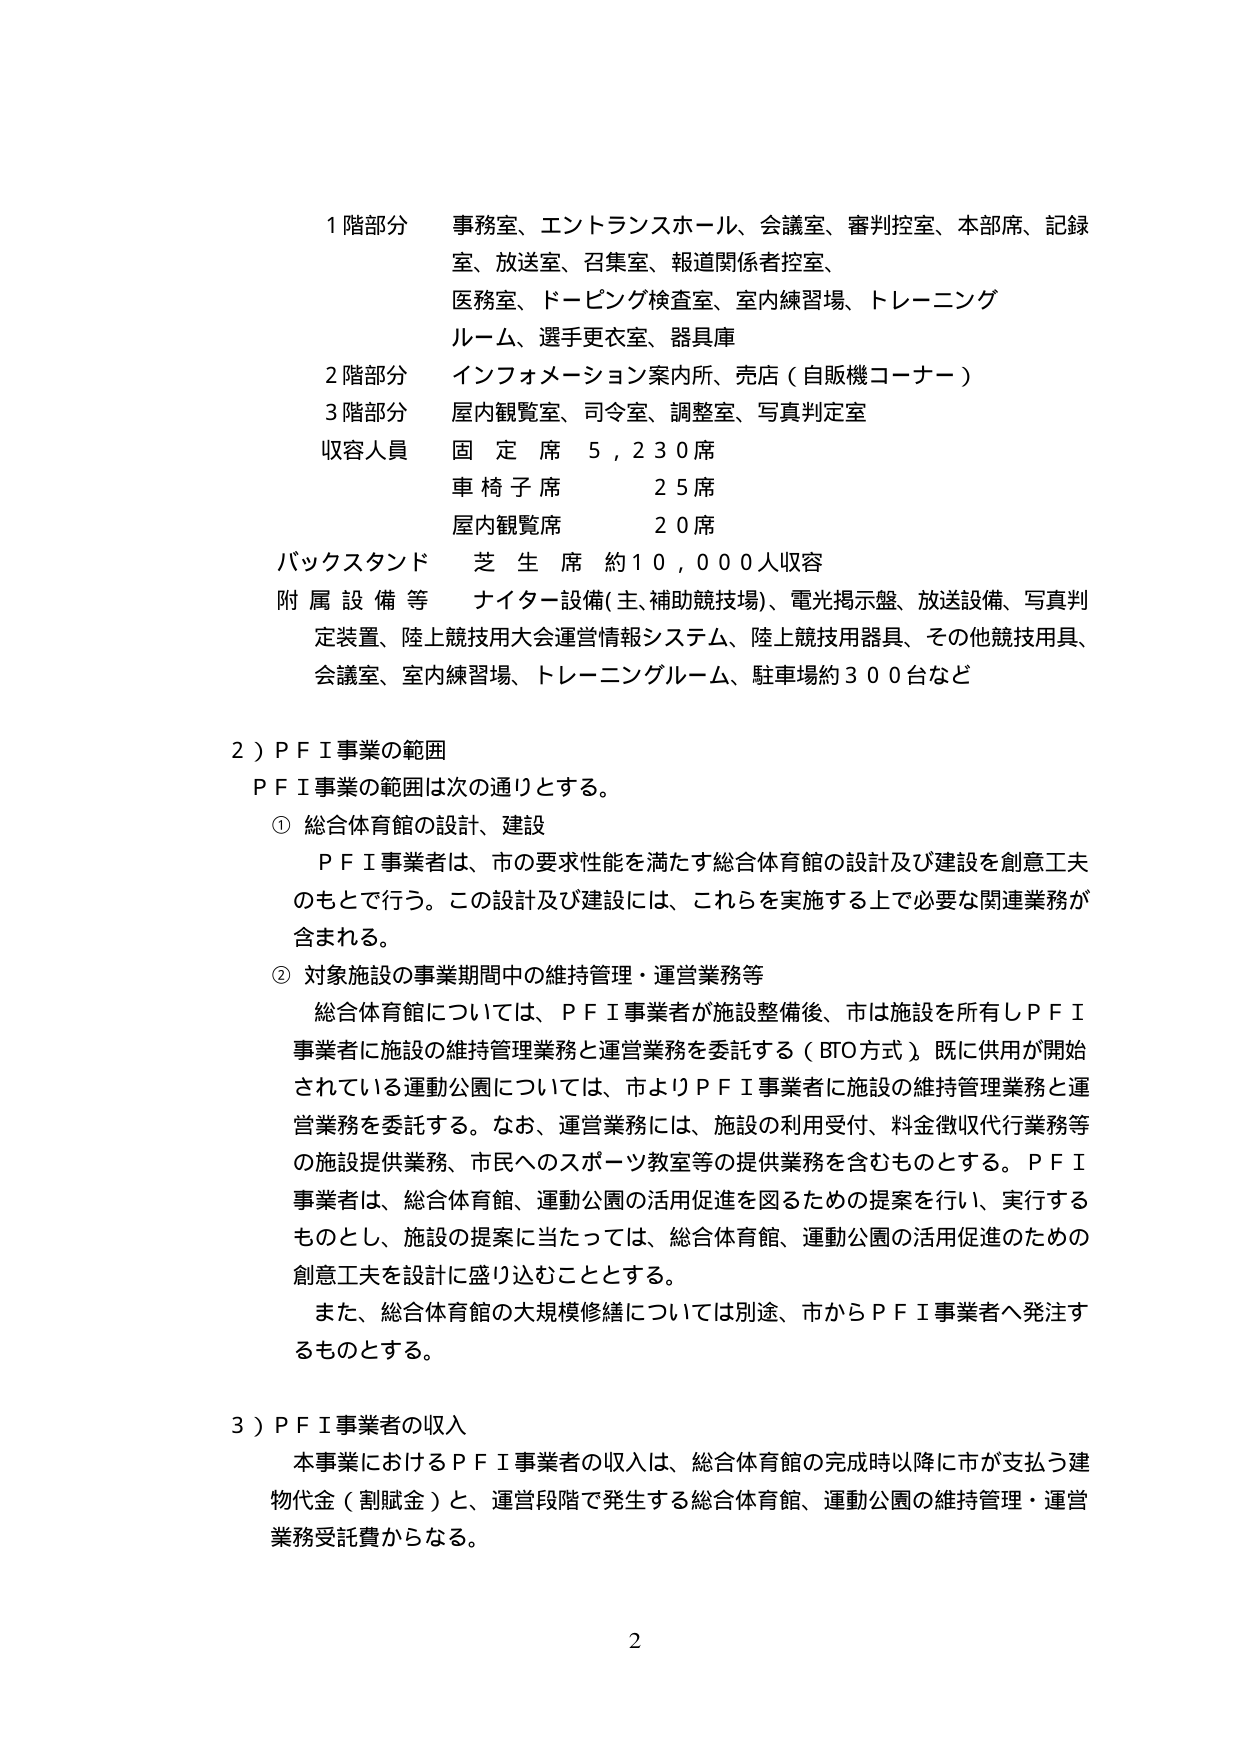
1 階部分 事務室、エントランスホール、会議室、審判控室、本部席、記録室、放送室、召集室、報道関係者控室、医務室、ドーピング検査室、室内練習場、トレーニングルーム、選手更衣室、器具庫
2 階部分 インフォメーション案内所、売店（自販機コーナー）
3 階部分 屋内観覧室、司令室、調整室、写真判定室
収容人員 固定席 5,230席
車椅子席 25席
屋内観覧席 20席
バックスタンド 芝生席 約10,000人収容
附属設備等 ナイター設備（主、補助競技場）、電光掲示盤、放送設備、写真判定装置、陸上競技用大会運営情報システム、陸上競技用器具、その他競技用具、会議室、室内練習場、トレーニングルーム、駐車場約300台など

2）ＰＦＩ事業の範囲
ＰＦＩ事業の範囲は次の通りとする。
① 総合体育館の設計、建設
ＰＦＩ事業者は、市の要求性能を満たす総合体育館の設計及び建設を創意工夫のもとで行う。この設計及び建設には、これらを実施する上で必要な関連業務が含まれる。
② 対象施設の事業期間中の維持管理・運営業務等
総合体育館については、ＰＦＩ事業者が施設整備後、市は施設を所有しＰＦＩ事業者に施設の維持管理業務と運営業務を委託する（ＢＴＯ方式）。既に供用が開始されている運動公園については、市よりＰＦＩ事業者に施設の維持管理業務と運営業務を委託する。なお、運営業務には、施設の利用受付、料金徴収代行業務等の施設提供業務、市民へのスポーツ教室等の提供業務を含むものとする。ＰＦＩ事業者は、総合体育館、運動公園の活用促進を図るための提案を行い、実行するものとし、施設の提案に当たっては、総合体育館、運動公園の活用促進のための創意工夫を設計に盛り込むこととする。
また、総合体育館の大規模修繕については別途、市からＰＦＩ事業者へ発注するものとする。

3）ＰＦＩ事業者の収入
本事業におけるＰＦＩ事業者の収入は、総合体育館の完成時以降に市が支払う建物代金（割賦金）と、運営段階で発生する総合体育館、運動公園の維持管理・運営業務受託費からなる。

2